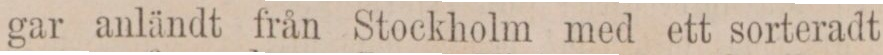
gar anländt från Stockholm med ett sorteradt